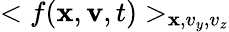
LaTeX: <f({\mathbf x},{\mathbf v},t)>_{{\mathbf x},v_{y},v_{z}}